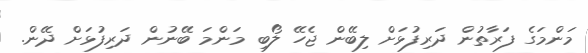
މަންމަގެ ފަރާތުން ދަރިފުޅަށް ލިބޭން ޖެހޭ ލޯބި މަންމަ ބޭނުން ދަރިފުޅަށް ދޭން.